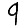
Digit: 9